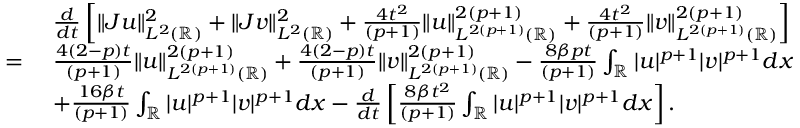
\begin{array} { r l } & { \frac { d } { d t } \left[ \| J u \| _ { L ^ { 2 } ( \mathbb { R } ) } ^ { 2 } + \| J v \| _ { L ^ { 2 } ( \mathbb { R } ) } ^ { 2 } + \frac { 4 t ^ { 2 } } { ( p + 1 ) } \| u \| _ { L ^ { 2 ( p + 1 ) } ( \mathbb { R } ) } ^ { 2 ( p + 1 ) } + \frac { 4 t ^ { 2 } } { ( p + 1 ) } \| v \| _ { L ^ { 2 ( p + 1 ) } ( \mathbb { R } ) } ^ { 2 ( p + 1 ) } \right] } \\ { = \ } & { \frac { 4 ( 2 - p ) t } { ( p + 1 ) } \| u \| _ { L ^ { 2 ( p + 1 ) } ( \mathbb { R } ) } ^ { 2 ( p + 1 ) } + \frac { 4 ( 2 - p ) t } { ( p + 1 ) } \| v \| _ { L ^ { 2 ( p + 1 ) } ( \mathbb { R } ) } ^ { 2 ( p + 1 ) } - \frac { 8 \beta p t } { ( p + 1 ) } \int _ { \mathbb { R } } | u | ^ { p + 1 } | v | ^ { p + 1 } d x } \\ { \ } & { + \frac { 1 6 \beta t } { ( p + 1 ) } \int _ { \mathbb { R } } | u | ^ { p + 1 } | v | ^ { p + 1 } d x - \frac { d } { d t } \left[ \frac { 8 \beta t ^ { 2 } } { ( p + 1 ) } \int _ { \mathbb { R } } | u | ^ { p + 1 } | v | ^ { p + 1 } d x \right] . } \end{array}